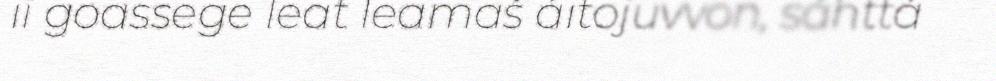
ii goassege leat leamaš áitojuvvon, sáhttá